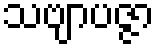
သဗျာပဇ္ဇာ